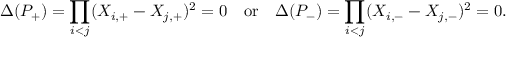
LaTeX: \Delta ( P _ { + } ) = \prod _ { i < j } ( X _ { i , + } - X _ { j , + } ) ^ { 2 } = 0 \quad \mathrm { o r } \quad \Delta ( P _ { - } ) = \prod _ { i < j } ( X _ { i , - } - X _ { j , - } ) ^ { 2 } = 0 .